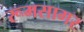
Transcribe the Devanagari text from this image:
रूमसागर